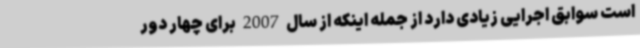
است سوابق اجرایی زیادی دارد از جمله اینکه از سال 2007 برای چهار دور